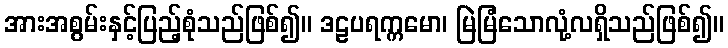
အားအစွမ်းနှင့်ပြည့်စုံသည်ဖြစ်၍။ ဒဠပရက္ကမော၊ မြဲမြံသောလုံ့လရှိသည်ဖြစ်၍။